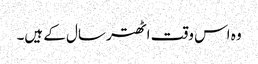
وہ اس وقت اٹھتر سال کے ہیں۔